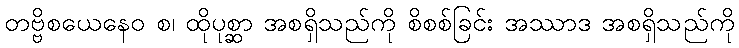
တဗ္ဗိစယေနေဝ စ၊ ထိုပုစ္ဆာ အစရှိသည်ကို စိစစ်ခြင်း အဿာဒ အစရှိသည်ကို